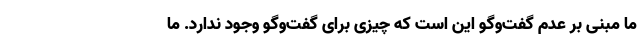
ما مبنی بر عدم گفت‌وگو این است که چیزی برای گفت‌وگو وجود ندارد. ما